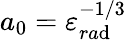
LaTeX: a_{0}=\varepsilon_{ra\mathrm{d}}^{-1/3}